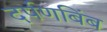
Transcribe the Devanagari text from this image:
दर्पणबिंब